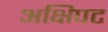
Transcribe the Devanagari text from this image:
अक्षिपट